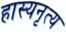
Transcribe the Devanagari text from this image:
हास्यनृत्य